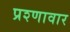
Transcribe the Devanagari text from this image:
प्रश्णावार